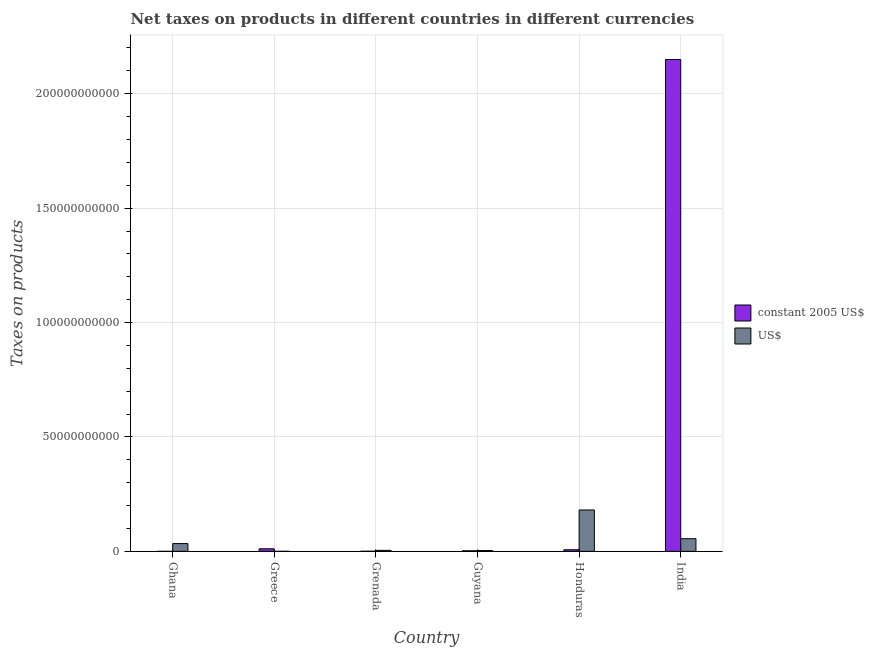
| Country | constant 2005 US$ | US$ |
 | --- | --- | --- |
 | Ghana | 1.39e+06 | 3.4e+09 |
 | Greece | 1.12e+09 | 1.91e+07 |
 | Grenada | 5.15e+07 | 4.37e+08 |
 | Guyana | 2.59e+08 | 3.51e+08 |
 | Honduras | 7.02e+08 | 1.81e+10 |
 | India | 2.15e+11 | 5.54e+09 |